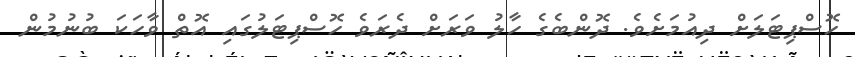
ހޮސްޕިޓަލަށް ދިއުމަށެވެ. ދޮންބެގެ ހާލު ވަރަށް ދެރަވެ ހޮސްޕިޓަލުގައި އޮތް ވާހަކަ ބުނުމުން